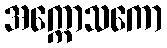
အက္ကောသကော